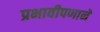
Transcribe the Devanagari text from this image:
प्रभावीपणाने